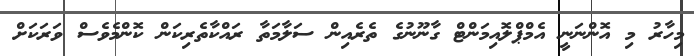
މިހާރު މި އޮންނަނީ އެމްޕްލޮއިމަންޓް ގާނޫނުގެ ތެރެއިން ސަލާމަތާ ރައްކާތެރިކަން ކޮންމެވެސް ވަރަކަށް